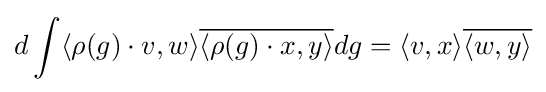
d\int \langle \rho (g)\cdot v,w\rangle {\overline {\langle \rho (g)\cdot x,y\rangle }}dg=\langle v,x\rangle {\overline {\langle w,y\rangle }}